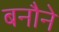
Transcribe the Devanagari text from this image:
बनौने